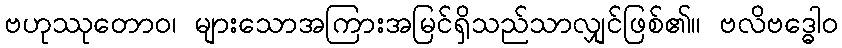
ဗဟုဿုတောဝ၊ များသောအကြားအမြင်ရှိသည်သာလျှင်ဖြစ်၏။ ဗလိဗဒ္ဓေါဝ